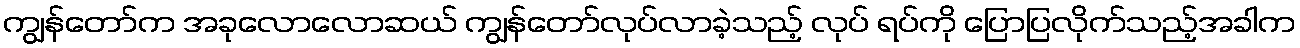
ကျွန်တော်က အခုလောလောဆယ် ကျွန်တော်လုပ်လာခဲ့သည့် လုပ် ရပ်ကို ပြောပြလိုက်သည့်အခါက